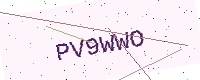
Text: PV9WWO